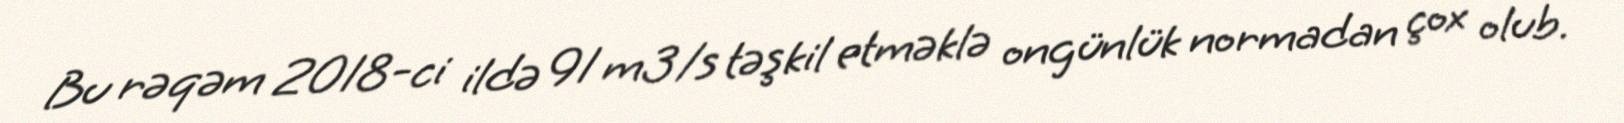
Bu rəqəm 2018-ci ildə 91 m3/s təşkil etməklə ongünlük normadan çox olub.